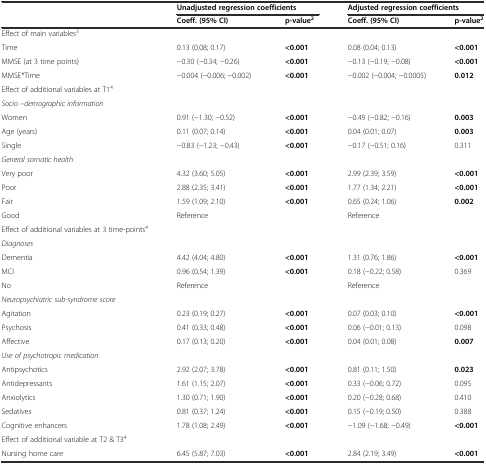
<table><thead><tr><td rowspan="2"></td><td colspan="2"><b>Unadjusted regression coefficients</b></td><td colspan="2"><b>Adjusted regression coefficients</b></td></tr><tr><td><b>Coeff. (95% CI)</b></td><td><b>p-value<sup>2</sup></b></td><td><b>Coeff. (95% CI)</b></td><td><b>p-value<sup>2</sup></b></td></tr></thead><tbody><tr><td>Effect of main variables<sup>3</sup></td><td></td><td></td><td></td><td></td></tr><tr><td>Time</td><td>0.13 (0.08; 0.17)</td><td><b>&lt;0.001</b></td><td>0.08 (0.04; 0.13)</td><td><b>&lt;0.001</b></td></tr><tr><td>MMSE (at 3 time points)</td><td>−0.30 (−0.34; −0.26)</td><td><b>&lt;0.001</b></td><td>−0.13 (−0.19; −0.08)</td><td><b>&lt;0.001</b></td></tr><tr><td>MMSE*Time</td><td>−0.004 (−0.006; −0.002)</td><td><b>&lt;0.001</b></td><td>−0.002 (−0.004; −0.0005)</td><td><b>0.012</b></td></tr><tr><td>Effect of additional variables at T1<sup>4</sup></td><td></td><td></td><td></td><td></td></tr><tr><td><i>Socio –demographic information</i></td><td></td><td></td><td></td><td></td></tr><tr><td>Women</td><td>0.91 (−1.30; −0.52)</td><td><b>&lt;0.001</b></td><td>−0.49 (−0.82; −0.16)</td><td><b>0.003</b></td></tr><tr><td>Age (years)</td><td>0.11 (0.07; 0.14)</td><td><b>&lt;0.001</b></td><td>0.04 (0.01; 0.07)</td><td><b>0.003</b></td></tr><tr><td>Single</td><td>−0.83 (−1.23; −0.43)</td><td><b>&lt;0.001</b></td><td>−0.17 (−0.51; 0.16)</td><td>0.311</td></tr><tr><td><i>General somatic health</i></td><td></td><td></td><td></td><td></td></tr><tr><td>Very poor</td><td>4.32 (3.60; 5.05)</td><td><b>&lt;0.001</b></td><td>2.99 (2.39; 3.59)</td><td><b>&lt;0.001</b></td></tr><tr><td>Poor</td><td>2.88 (2.35; 3.41)</td><td><b>&lt;0.001</b></td><td>1.77 (1.34; 2.21)</td><td><b>&lt;0.001</b></td></tr><tr><td>Fair</td><td>1.59 (1.09; 2.10)</td><td><b>&lt;0.001</b></td><td>0.65 (0.24; 1.06)</td><td><b>0.002</b></td></tr><tr><td>Good</td><td>Reference</td><td></td><td>Reference</td><td></td></tr><tr><td>Effect of additional variables at 3 time-points<sup>4</sup></td><td></td><td></td><td></td><td></td></tr><tr><td><i>Diagnoses</i></td><td></td><td></td><td></td><td></td></tr><tr><td>Dementia</td><td>4.42 (4.04; 4.80)</td><td><b>&lt;0.001</b></td><td>1.31 (0.76; 1.86)</td><td><b>&lt;0.001</b></td></tr><tr><td>MCI</td><td>0.96 (0.54; 1.39)</td><td><b>&lt;0.001</b></td><td>0.18 (−0.22; 0.58)</td><td>0.369</td></tr><tr><td>No</td><td>Reference</td><td></td><td>Reference</td><td></td></tr><tr><td><i>Neuropsychiatric sub-syndrome score</i></td><td></td><td></td><td></td><td></td></tr><tr><td>Agitation</td><td>0.23 (0.19; 0.27)</td><td><b>&lt;0.001</b></td><td>0.07 (0.03; 0.10)</td><td><b>&lt;0.001</b></td></tr><tr><td>Psychosis</td><td>0.41 (0.33; 0.48)</td><td><b>&lt;0.001</b></td><td>0.06 (−0.01; 0.13)</td><td>0.098</td></tr><tr><td>Affective</td><td>0.17 (0.13; 0.20)</td><td><b>&lt;0.001</b></td><td>0.04 (0.01; 0.08)</td><td><b>0.007</b></td></tr><tr><td><i>Use of psychotropic medication</i></td><td></td><td></td><td></td><td></td></tr><tr><td>Antipsychotics</td><td>2.92 (2.07; 3.78)</td><td><b>&lt;0.001</b></td><td>0.81 (0.11; 1.50)</td><td><b>0.023</b></td></tr><tr><td>Antidepressants</td><td>1.61 (1.15; 2.07)</td><td><b>&lt;0.001</b></td><td>0.33 (−0.06; 0.72)</td><td>0.095</td></tr><tr><td>Anxiolytics</td><td>1.30 (0.71; 1.90)</td><td><b>&lt;0.001</b></td><td>0.20 (−0.28; 0.68)</td><td>0.410</td></tr><tr><td>Sedatives</td><td>0.81 (0.37; 1.24)</td><td><b>&lt;0.001</b></td><td>0.15 (−0.19; 0.50)</td><td>0.388</td></tr><tr><td>Cognitive enhancers</td><td>1.78 (1.08; 2.49)</td><td><b>&lt;0.001</b></td><td>−1.09 (−1.68; −0.49)</td><td><b>&lt;0.001</b></td></tr><tr><td>Effect of additional variable at T2 &amp; T3<sup>4</sup></td><td></td><td></td><td></td><td></td></tr><tr><td>Nursing home care</td><td>6.45 (5.87; 7.03)</td><td><b>&lt;0.001</b></td><td>2.84 (2.19; 3.49)</td><td><b>&lt;0.001</b></td></tr></tbody></table>